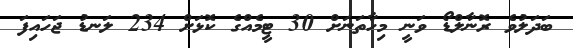
ބަދަލުވެ ރޮނާލްޑޯ ވަނީ މިހާތަނަށް 30 ޓީމެއްގެ ކޮޅަށް 234 ލަނޑު ޖަހައިފަ